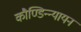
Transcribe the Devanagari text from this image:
कौण्डिन्न्यायन